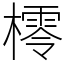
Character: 㯪